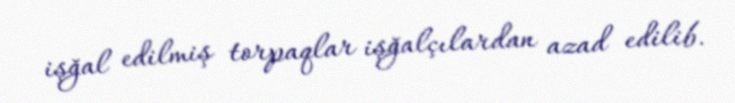
işğal edilmiş torpaqlar işğalçılardan azad edilib.